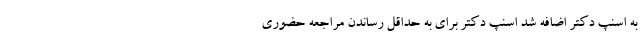
به اسنپ دکتر اضافه شد اسنپ دکتر برای به حداقل رساندن مراجعه حضوری